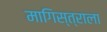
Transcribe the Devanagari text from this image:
मागिस्त्राला